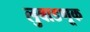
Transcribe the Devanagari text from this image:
लुबाडणूक